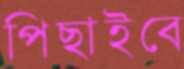
পিছাইবে